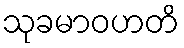
သုခမာဝဟတိ